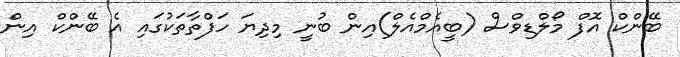
ބޭންކް އޮފް މޯލްޑިވްސް (ބީއެމްއެލް)އިން ބުނީ މިދިޔަ ހަފްތާތަކުގައި އެ ބޭންކް އިން